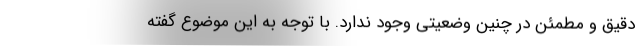
دقیق و مطمئن در چنین وضعیتی وجود ندارد. با توجه به این موضوع گفته